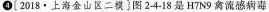
4{2018·上海金山区二模]图2-4-18是H7N9禽流感病毒